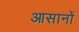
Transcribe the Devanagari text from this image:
आसानों